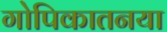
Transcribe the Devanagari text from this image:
गोपिकातनया